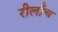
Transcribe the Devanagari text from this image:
रीलाँच